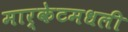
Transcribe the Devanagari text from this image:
मार्केटमधली